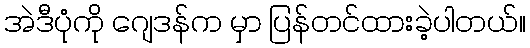
အဲဒီပုံကို ဂျေဒန်က မှာ ပြန်တင်ထားခဲ့ပါတယ်။